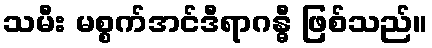
သမီး မစ္စက်အင်ဒီရာဂန္ဓီ ဖြစ်သည်။